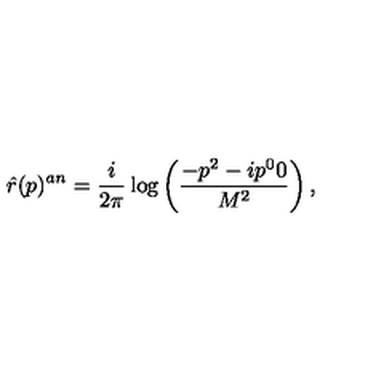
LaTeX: \hat { r } ( p ) ^ { a n } = \frac { i } { 2 \pi } \log \left( \frac { - p ^ { 2 } - i p ^ { 0 } 0 } { M ^ { 2 } } \right) ,